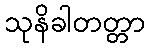
သုနိခါတတ္တာ